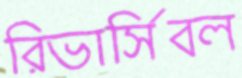
রিভার্সিবল